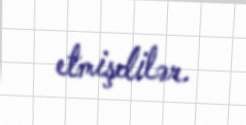
etmişdilər.